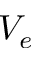
V _ { e }